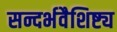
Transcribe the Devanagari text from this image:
सन्दर्भवैशिष्ट्य